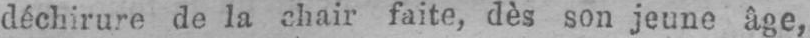
déchirure rie la chair faite, dès son jeune âge,